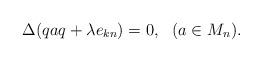
LaTeX: \begin{align*} \Delta(qaq + \lambda e_{kn})=0,\ \ (a\in M_n). \end{align*}